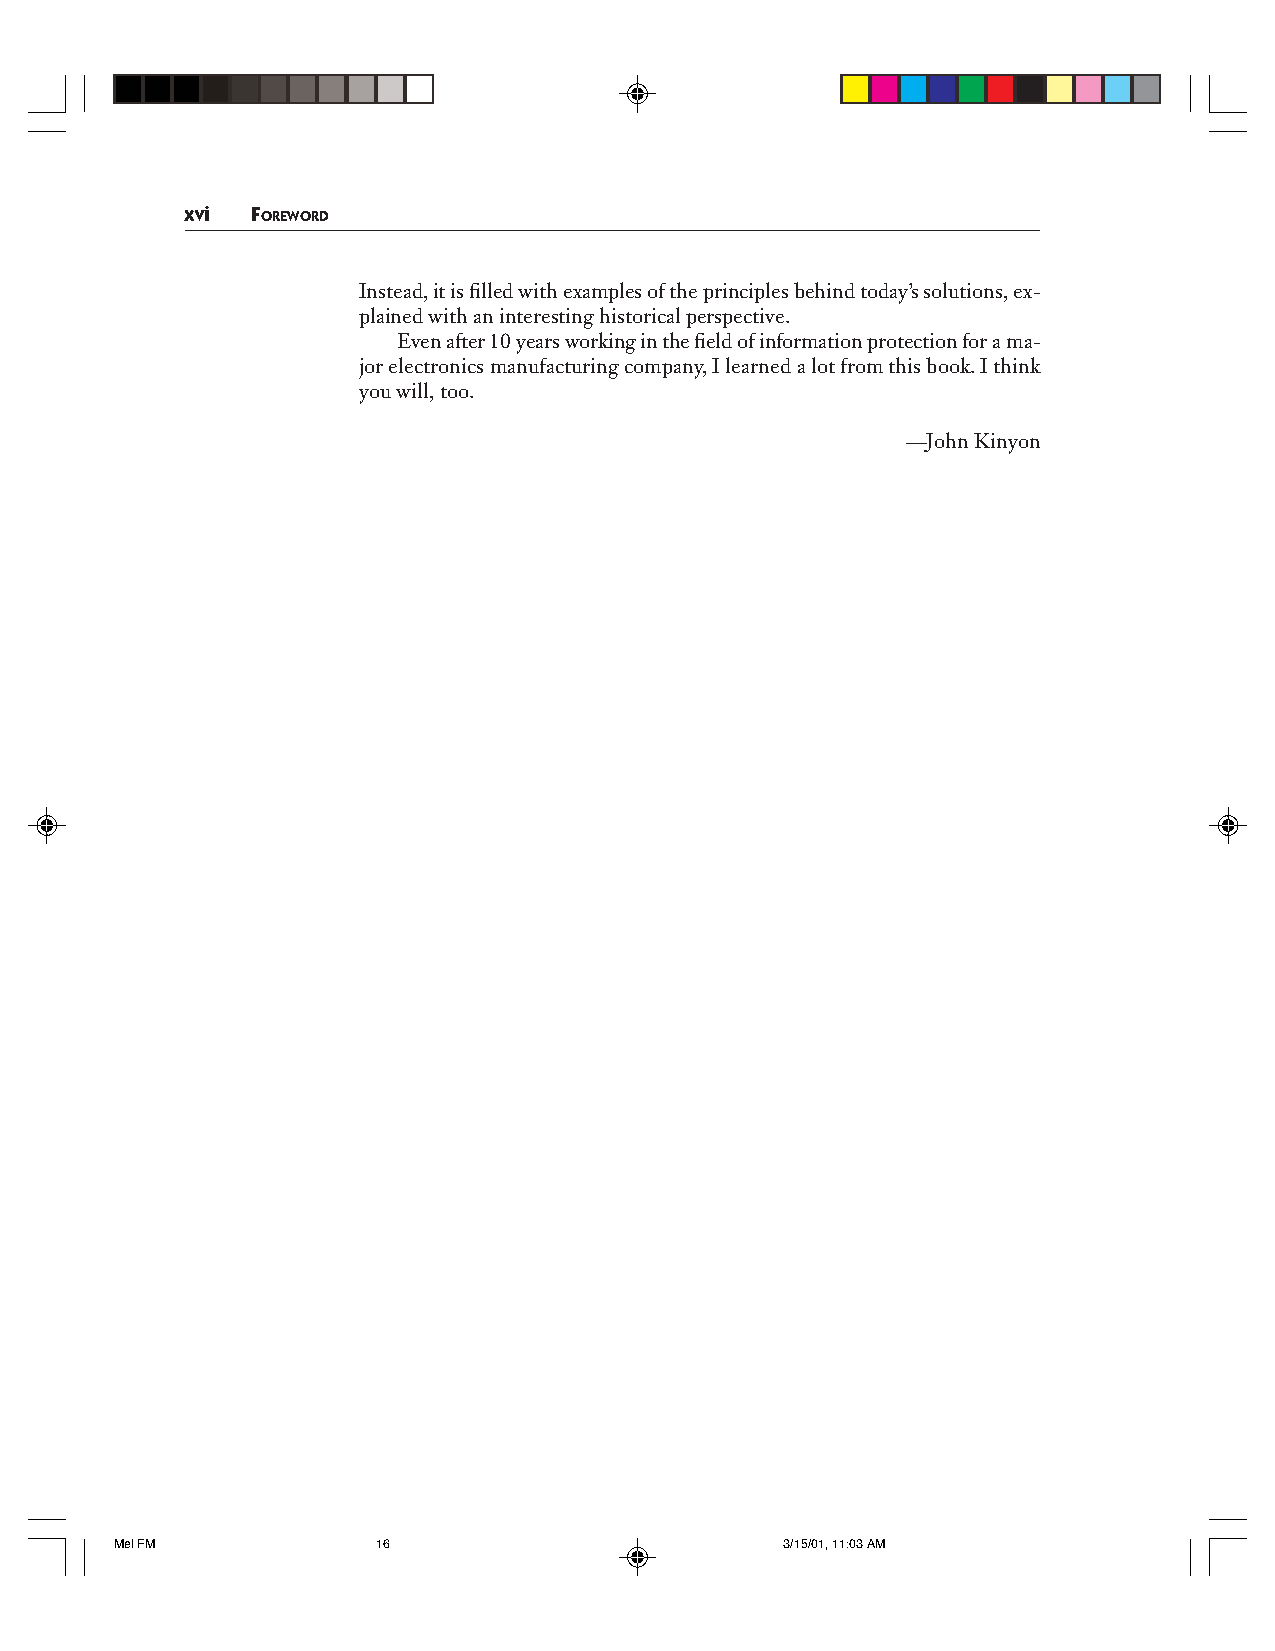
xvi  FOREWORD
 Instead, it is filled with examples of the principles behind today’s solutions, ex-
 plained with an interesting historical perspective.
 Even after 10 years working in the field of information protection for a ma-
 jor electronics manufacturing company, I learned a lot from this book. I think
 you will, too.
 —John Kinyon
 Mel FM           16                         3/15/01, 11:03 AM